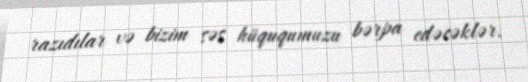
razıdılar və bizim səs hüququmuzu bərpa edəcəklər.